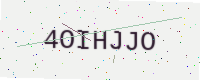
Text: 4OIHJJO